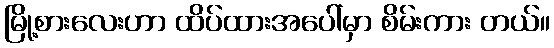
မြို့စားလေးဟာ ထိပ်ထားအပေါ်မှာ စိမ်းကား တယ်။